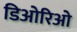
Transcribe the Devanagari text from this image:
डिओरिओ